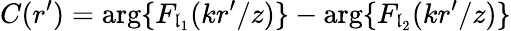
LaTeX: C(r^{\prime})=\arg\{ F_{\mathfrak{l}_{1}}(kr^{\prime}/z)\} -\arg\{ F_{\mathfrak{l}_{2}}(kr^{\prime}/z)\}